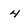
Character: 4